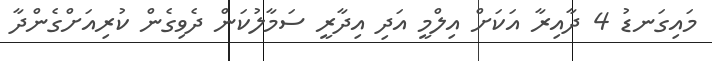
މައިގަނޑު 4 ދާއިރާ އަކަށް އިލްމީ އަދި އިދާރީ ސަމާލުކަން ދެވިގެން ކުރިއަށްގެންދާ